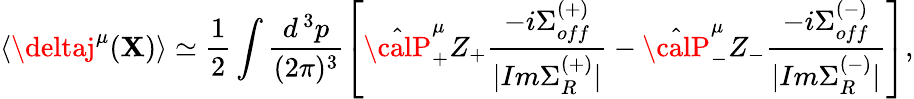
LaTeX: \langle\deltaj^{\mu}(\mathbf{X})\rangle\simeq\frac{{1}}{{2}}\int\frac{{d^{\, 3}p}}{{(2\pi)^{3}}}\left[\hat{{\calP}}_{+}^{\mu}Z_{+}\frac{{-i\Sigma_{off}^{(+)}}}{{|Im\Sigma_{R}^{(+)}|}}-\hat{{\calP}}_{-}^{\mu}Z_{-}\frac{{-i\Sigma_{off}^{(-)}}}{{|Im\Sigma_{R}^{(-)}|}}\right],